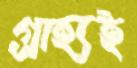
গ্রাহ্যই